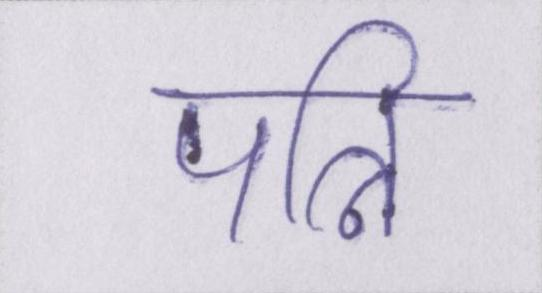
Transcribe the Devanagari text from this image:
पत्नि